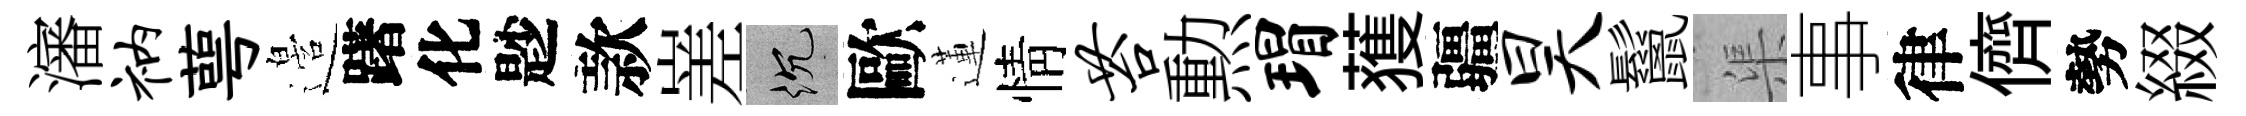
瀋衲萼邉躇化尟款嵳沉歐蓮情苔勲瑁𫉬疆昊鬣渠事律儕勢綴